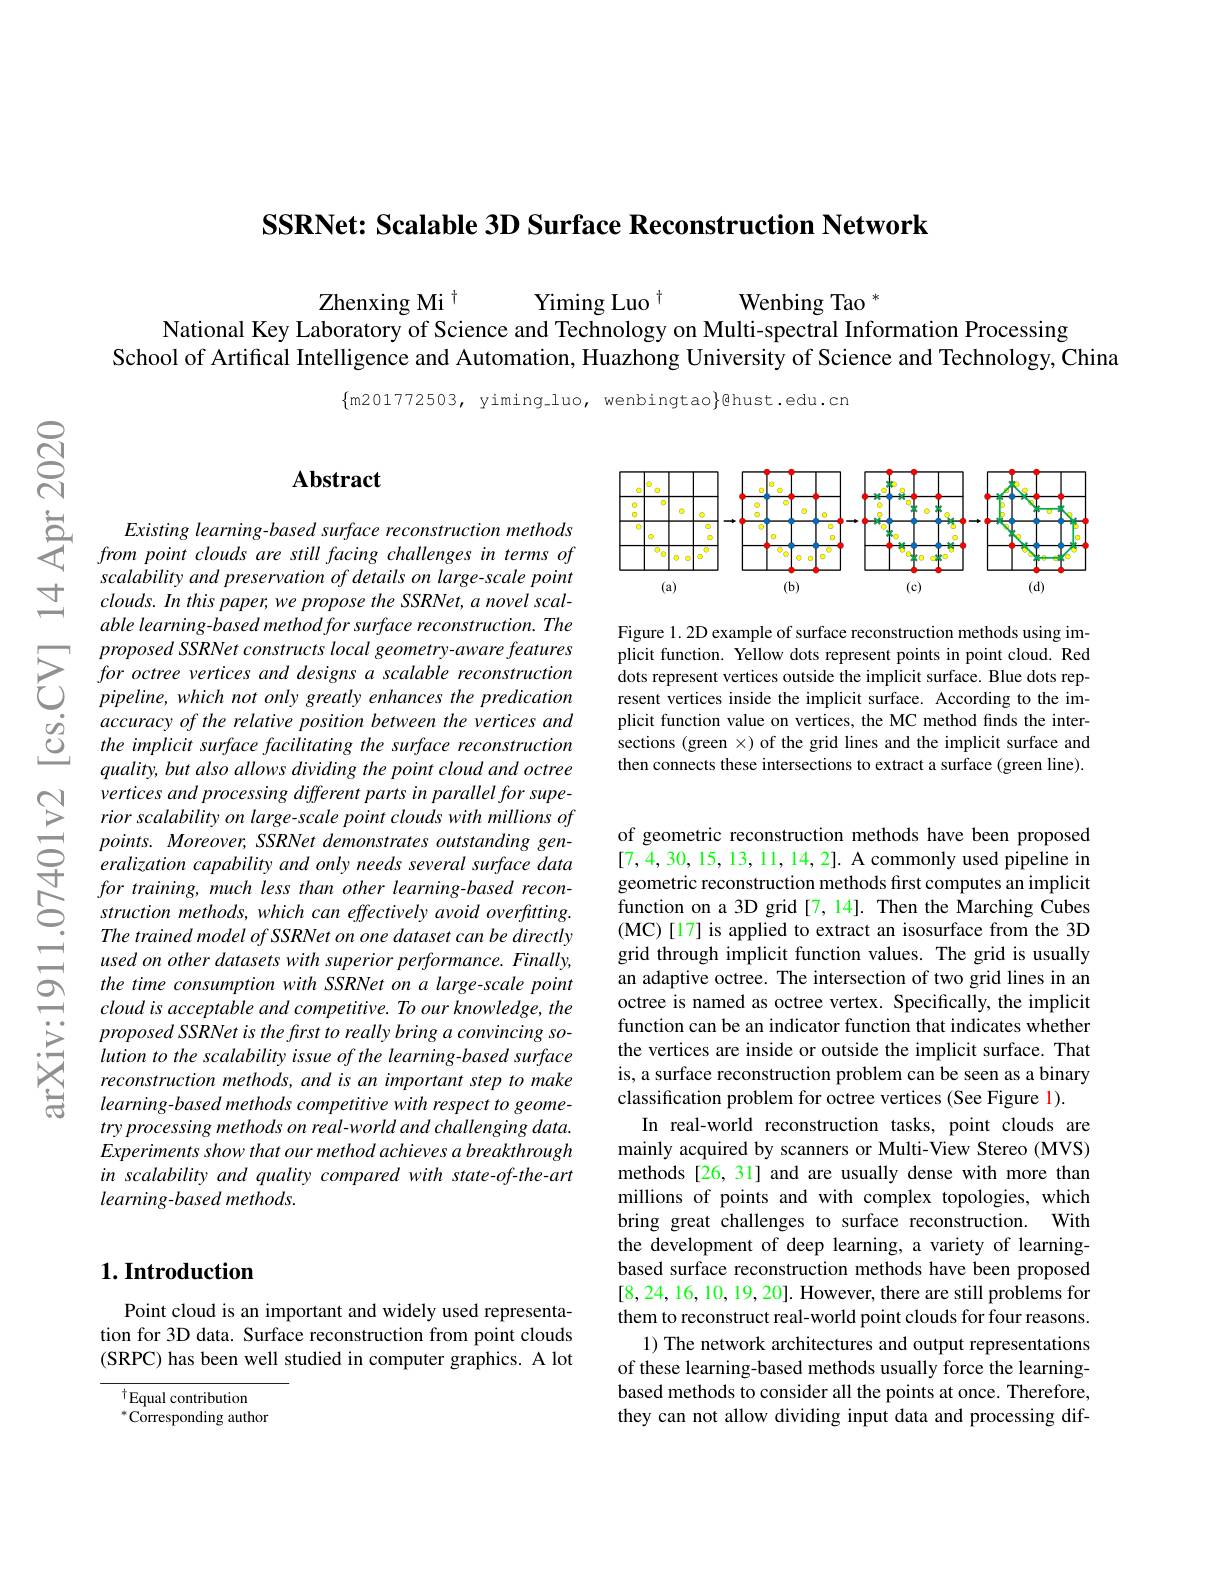
SSRNet: Scalable 3D Surface Reconstruction Network

Zhenxing Mi $^{+}$
Yiming Luo $^{\dagger}$
${\mathrm{Wenbing~Tao~}}^{*}$
National Key Laboratory of Science and Technology on Multi-spectral Information Processing
School of Artifical Intelligence and Automation, Huazhong University of Science and Technology, China

$\{$m201772503, yiming\_luo, wenbingtao$\}$@hust.edu.cn

### $\mathbf{Abstract}$

Existing learning-based surface reconstruction methods from point clouds are still facing challenges in terms of scalability and preservation of details on large-scale point clouds. In this paper, we propose the SSRNet, a novel scalable learning- based method for surface reconstruction. The proposed SSRNet constructs local geometry-aware features for octree vertices and designs a scalable reconstruction pipeline, which not only greatly enhances the predication accuracy of the relative position between the vertices and the implicit surface facilitating the surface reconstruction quality, but also allows dividing the point cloud and octree vertices and processing different parts in parallel for superior scalability on large-scale point clouds with millions of points. Moreover, SSRNet demonstrates outstanding generalization capability and only needs several surface data for training, much less than other learning-based recon-
$\sum_{struction~methods,~which~can~effectively~avoid~overfitting.}$
The trained model of SSRNet on one dataset can be directly used on other datasets with superior performance. Finally, the time consumption with SSRNet on a large-scale point $cloudisacceptableandcompetitive.Toourknowledge,the$ proposed SSRNet is the first to really bring a convincing solution to the scalability issue of the learning-based surface reconstruction methods, and is an important step to make learning-based methods competitive with respect to geometry processing methods on real-world and challenging data. Experimentsshowthatourmethodachievesabreakthrough in scalability and quality compared with state-of-the-art $learning-based$ methods.

### $1. \textbf{Introduction}$

Point cloud is an important and widely used representation for 3D data. Surface reconstruction from point clouds (SRPC) has been well studied in computer graphics. A lot

tEqual contribution $^{*}$Corresponding author

<FigureHere>

Figure 1. 2D example of surface reconstruction methods using implicit function. Yellow dots represent points in point cloud. Red dots represent vertices outside the implicit surface. Blue dots represent vertices inside the implicit surface. According to the implicit function value on vertices, the MC method finds the intersections (green $\times)$ of the grid lines and the implicit surface and then connects these intersections to extract a surface (green line).

of geometric reconstruction methods have been proposed [7,4,30,15,13,11,14,2]. A commonly used pipeline in geometric reconstruction methods first computes an implicit function on a 3D grid [7, 14]. Then the Marching Cubes (MC)[17] is applied to extract an isosurface from the 3D grid through implicit function values. The grid is usually an adaptive octree. The intersection of two grid lines in an octree is named as octree vertex. Specifically, the implicit function can be an indicator function that indicates whether the vertices are inside or outside the implicit surface. That is, a surface reconstruction problem can be seen as a binary classification problem for octree vertices (See Figure 1).
In real-world reconstruction tasks, point clouds are mainly acquired by scanners or Multi-View Stereo (MVS) methods [26, 31] and are usually dense with more than millions of points and with complex topologies, which bring great challenges to surface reconstruction. With the development of deep learning, a variety of learningbased surface reconstruction methods have been proposed [8,24,16,10,19,20]. However, there are still problems for them to reconstruct real-world point clouds for four reasons.
1) The network architectures and output representations of these learning-based methods usually force the learningbased methods to consider all the points at once. Therefore, they can not allow dividing input data and processing dif-